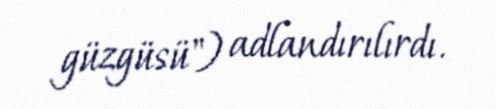
güzgüsü") adlandırılırdı.